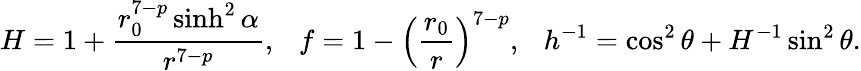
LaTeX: H=1+\frac{r_{0}^{7-p}\sinh^{2}\alpha}{r^{7-p}},\ \ \ f=1-\left(\frac{r_{0}}{r}\right)^{7-p},\ \ \ h^{-1}=\cos^{2}\theta+H^{-1}\sin^{2}\theta.